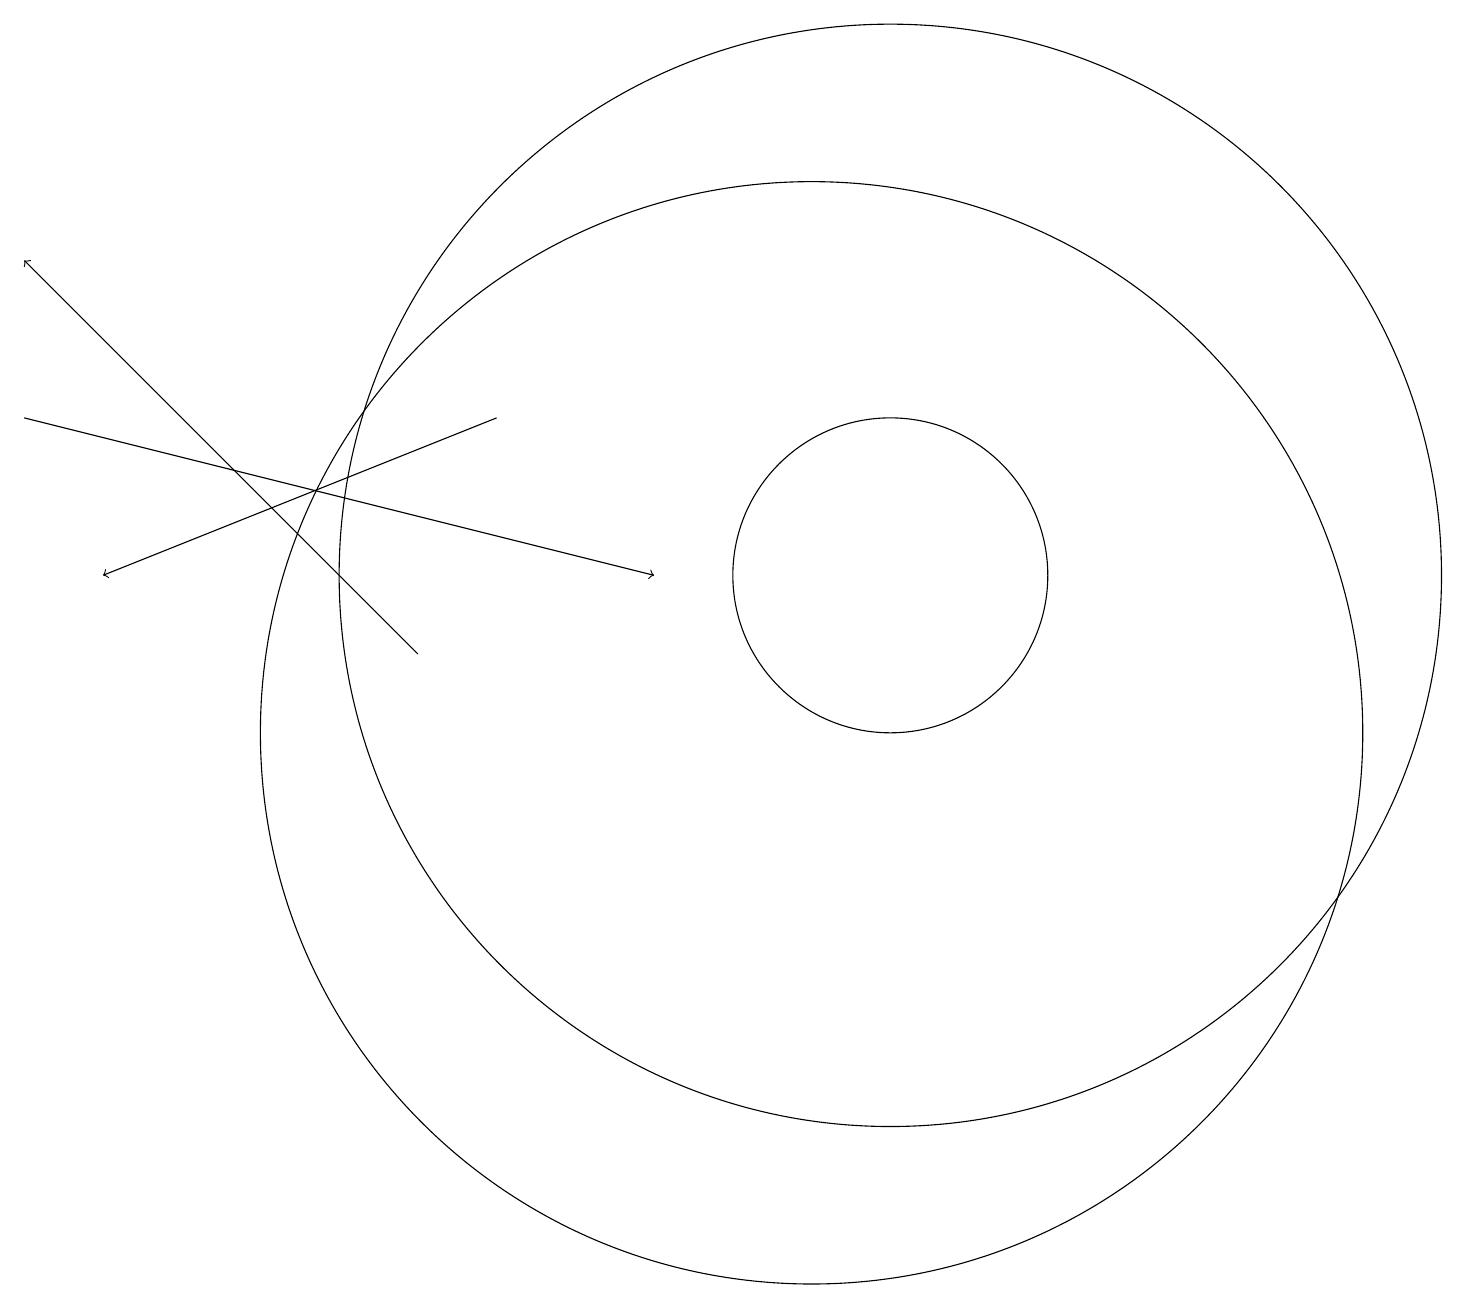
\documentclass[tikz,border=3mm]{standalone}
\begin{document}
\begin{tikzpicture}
\draw[->] (6,14) -- (1,12);
\draw (11,12) circle (2);
\draw[->] (0,14) -- (8,12);
\draw (11,12) circle (7);
\draw (10,10) circle (7);
\draw[->] (5,11) -- (0,16);
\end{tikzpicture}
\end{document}